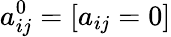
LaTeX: a_{ij}^{0}=[a_{ij}=0]